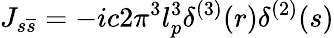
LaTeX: J_{s\overline{{{s}}}}=-ic2\pi^{3}l_{p}^{3}\delta^{(3)}(r)\delta^{(2)}(s)